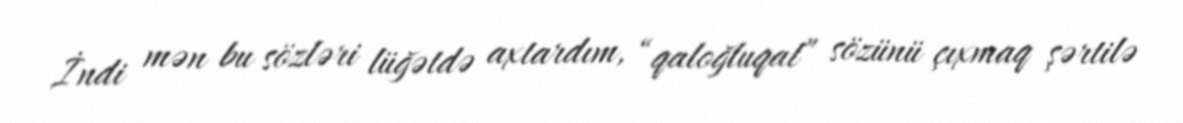
İndi mən bu sözləri lüğətdə axtardım, “qaloğluqal” sözünü çıxmaq şərtilə